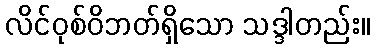
လိင်ဝုစ်ဝိဘတ်ရှိသော သဒ္ဒါတည်း။